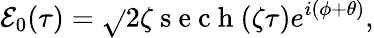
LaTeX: \mathcal{E}_{0}(\tau)=\sqrt{}{{2}}\zeta\mathrm{{~s~e~c~h~}}(\zeta\tau)e^{i(\phi+\theta)},